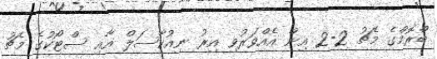
ބްރޮމްގެ މެޗު 2-2 އިން އެއްވަރުވި އިރު ނިއުކާސަލް އާއި ސްޓޯކުގެ މެޗު